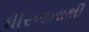
ધીરજતાથી